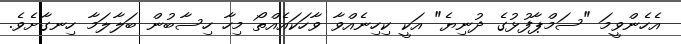
އެހެންވީމަ "ސަމްޕާފުޅުގެ ދުނިޔެ" އަކީ ކިހިނެއްވާ ވާހަކައެއްތޯ މިހާ ހިސާބުން ބަލާލަމާ ހިނގާށެވެ.